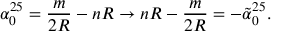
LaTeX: \alpha _ { 0 } ^ { 2 5 } = \frac { m } { 2 R } - n R \rightarrow n R - \frac { m } { 2 R } = - \tilde { \alpha } _ { 0 } ^ { 2 5 } .